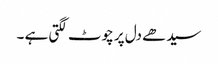
سیدھے دل پر چوٹ لگتی ہے ۔